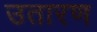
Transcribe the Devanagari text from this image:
उतारण